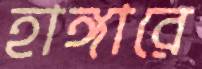
হাঙ্গারে